Plague in India, 1896, 1897 - Volume 1
Year: 1896
Disease focus: Plague
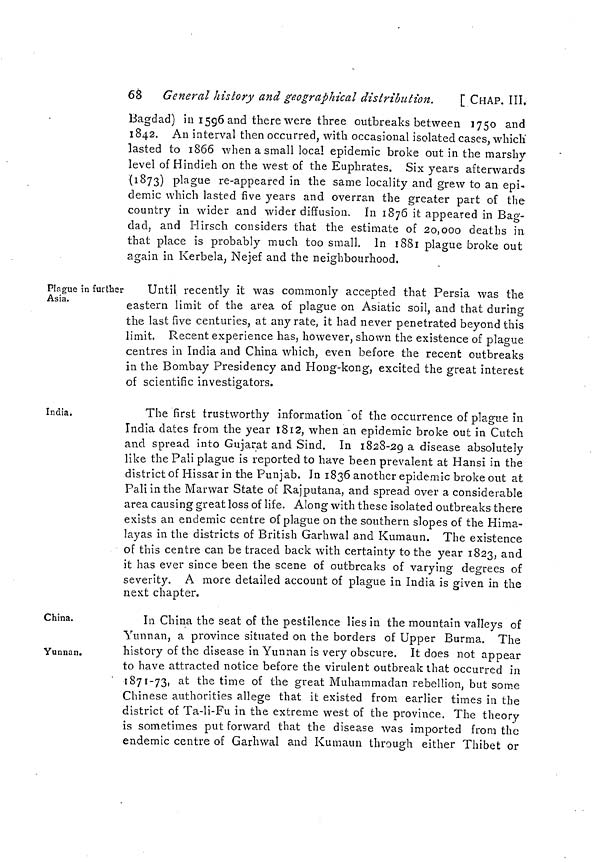
68 General history and geographical distribution.
[ CHAP. III.
Bagdad) in 1596 and there were three outbreaks between 1750 and
1842. An interval then occurred, with occasional isolated cases, which"
lasted to 1866 when a small local epidemic broke out in the marshy
level of Hindieh on the west of the Euphrates. Six years afterwards
(1873) plague re-appeared in the same locality and grew to an epi-
demic which lasted five years and overran the greater part of the
country in wider and wider diffusion. In 1876 it appeared in Bag-
clad, and Hirsch considers that the estimate of 20,000 deaths in
that place is probably much too small. In 1881 plague broke out
again in Kerbela, Nejef and the neighbourhood.
Plague in further
Asia.
Until recently it was commonly accepted that Persia was the
eastern limit of the area of plague on Asiatic soil, and that during
the last five centuries, at any rate, it had never penetrated beyond this
limit. Recent experience has, however, shown the existence of plague
centres in India and China which, even before the recent outbreaks
in the Bombay Presidency and Houg-kong, excited the great interest
of scientific investigators.
India.
The first trustworthy information of the occurrence of plague in
India dates from the year 1812, when an epidemic broke out in Cutch
and spread into Gujarat and Sind. In 1828-29 a disease absolutely
like the Pali plague is reported to have been prevalent at Hansi in the
district of Hissar in the Punjab. In 1836 another epidemic broke out at
Pali in the Marwar State of Rajputana, and spread over a considerable
area causing great loss of life. Along with these isolated outbreaks there
exists an endemic centre of plague on the southern slopes of the Hima-
layas in the districts of British Garhwal and Kumaun. The existence
of this centre can be traced back with certainty to the year 1823, and
it has ever since been the scene of outbreaks of varying degrees of
severity. A more detailed account of plague in India is given in the
next chapter.
China.
Yunnan.
In China the seat of the pestilence lies in the mountain valleys of
Yunnan, a province situated on the borders of Upper Burma. The
history of the disease in Yunnan is very obscure. It does not appear
to have attracted notice before the virulent outbreak that occurred in
1871-73, at the time of the great Muhammadan rebellion, but some
Chinese authorities allege that it existed from earlier times in the
district of Ta-li-Fu in the extreme west of the province. The theory
is sometimes put forward that the disease was imported from the
endemic centre of Garhwal and Kumaun through either Thibet or